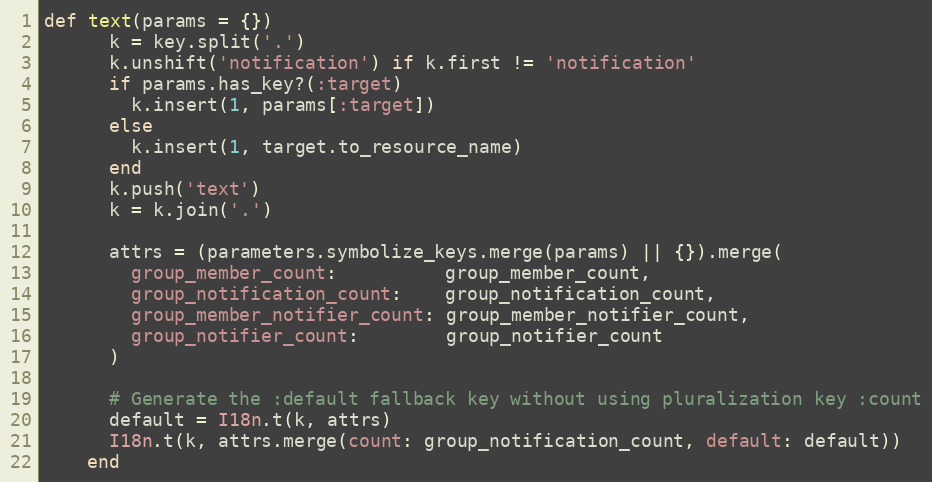
Language: Ruby
def text(params = {})
      k = key.split('.')
      k.unshift('notification') if k.first != 'notification'
      if params.has_key?(:target)
        k.insert(1, params[:target])
      else
        k.insert(1, target.to_resource_name)
      end
      k.push('text')
      k = k.join('.')

      attrs = (parameters.symbolize_keys.merge(params) || {}).merge(
        group_member_count:          group_member_count,
        group_notification_count:    group_notification_count,
        group_member_notifier_count: group_member_notifier_count,
        group_notifier_count:        group_notifier_count
      )

      # Generate the :default fallback key without using pluralization key :count
      default = I18n.t(k, attrs)
      I18n.t(k, attrs.merge(count: group_notification_count, default: default))
    end